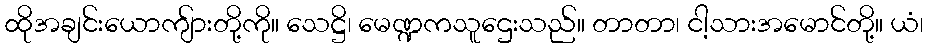
ထိုအချင်းယောကျ်ားတို့ကို။ သေဋ္ဌိ၊ မေဏ္ဍကသူဌေးသည်။ တာတာ၊ ငါ့သားအမောင်တို့။ ယံ၊